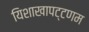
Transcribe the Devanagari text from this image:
यिशाखापट्टणम